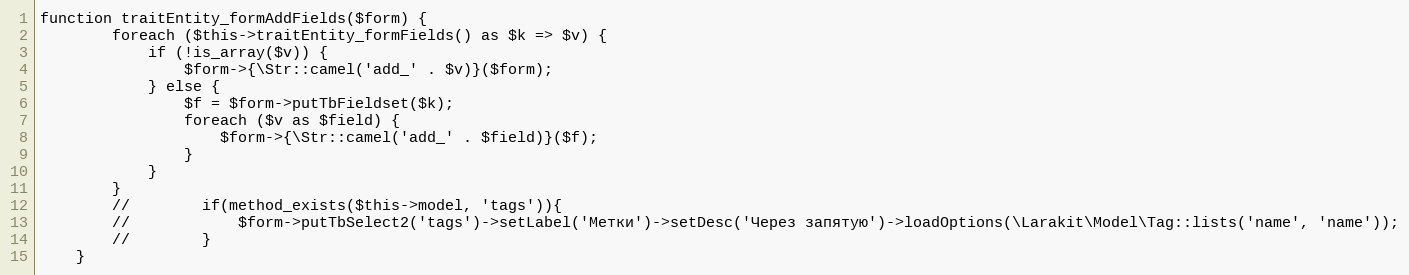
Language: PHP
function traitEntity_formAddFields($form) {
        foreach ($this->traitEntity_formFields() as $k => $v) {
            if (!is_array($v)) {
                $form->{\Str::camel('add_' . $v)}($form);
            } else {
                $f = $form->putTbFieldset($k);
                foreach ($v as $field) {
                    $form->{\Str::camel('add_' . $field)}($f);
                }
            }
        }
        //        if(method_exists($this->model, 'tags')){
        //            $form->putTbSelect2('tags')->setLabel('Метки')->setDesc('Через запятую')->loadOptions(\Larakit\Model\Tag::lists('name', 'name'));
        //        }
    }